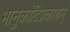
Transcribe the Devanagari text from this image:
भानुकोटिप्रकाशम्